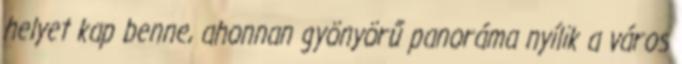
helyet kap benne, ahonnan gyönyörű panoráma nyílik a város